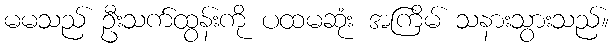
မမသည် ဦးသက်ထွန်းကို ပထမဆုံး အကြိမ် သနားသွားသည်။